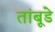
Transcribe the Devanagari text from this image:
तांबूडे